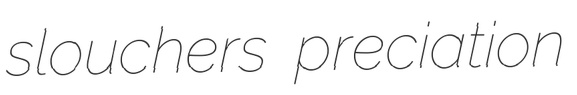
slouchers preciation